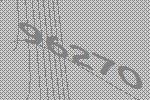
96270